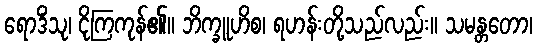
ရောဒိံသု၊ ငိုကြကုန်၏။ ဘိက္ခူဟိစ၊ ရဟန်းတို့သည်လည်း။ သမန္တတော၊